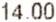
14.00